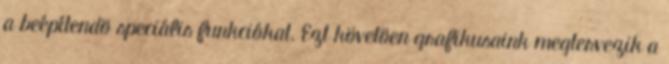
a beépítendõ speciális funkciókat. Ezt követõen grafikusaink megtervezik a